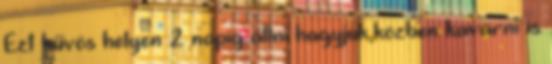
Ezt hűvös helyen 2 napig állni hagyjuk,közben kavarni is